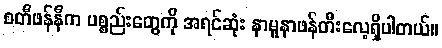
စတီဖန်နီက ပစ္စည်းတွေကို အရင်ဆုံး နာမူနာဖန်တီးလေ့ရှိပါတယ်။